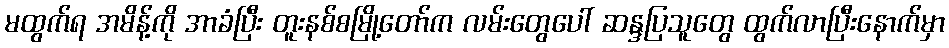
မထွက်ရ အမိန့်ကို အာခံပြီး တူးနစ်စမြို့တော်က လမ်းတွေပေါ် ဆန္ဒပြသူတွေ ထွက်လာပြီးနောက်မှာ